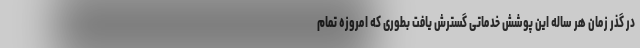
در گذر زمان هر ساله این پوشش خدماتی گسترش یافت بطوری که امروزه تمام